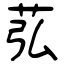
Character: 苰